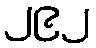
၂၉၂